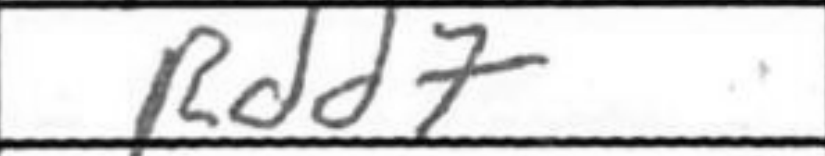
Transcription: Rdd7